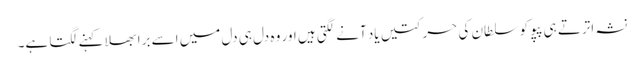
نشہ اترتے ہی پپو کو سلطان کی حرکتیں یاد آنے لگتی ہیں اور وہ دل ہی دل میں اسے برا بھلا کہنے لگتا ہے۔